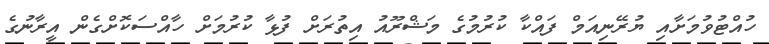
ހުއްޓުވުމަށާއި ޔުރޭނިއަމް ފައްކާ ކުރުމުގެ މަޝްރޫއު އިތުރަށް ފުޅާ ކުރުމަށް ހާއްސަކޮށްގެން އީރާނުގެ